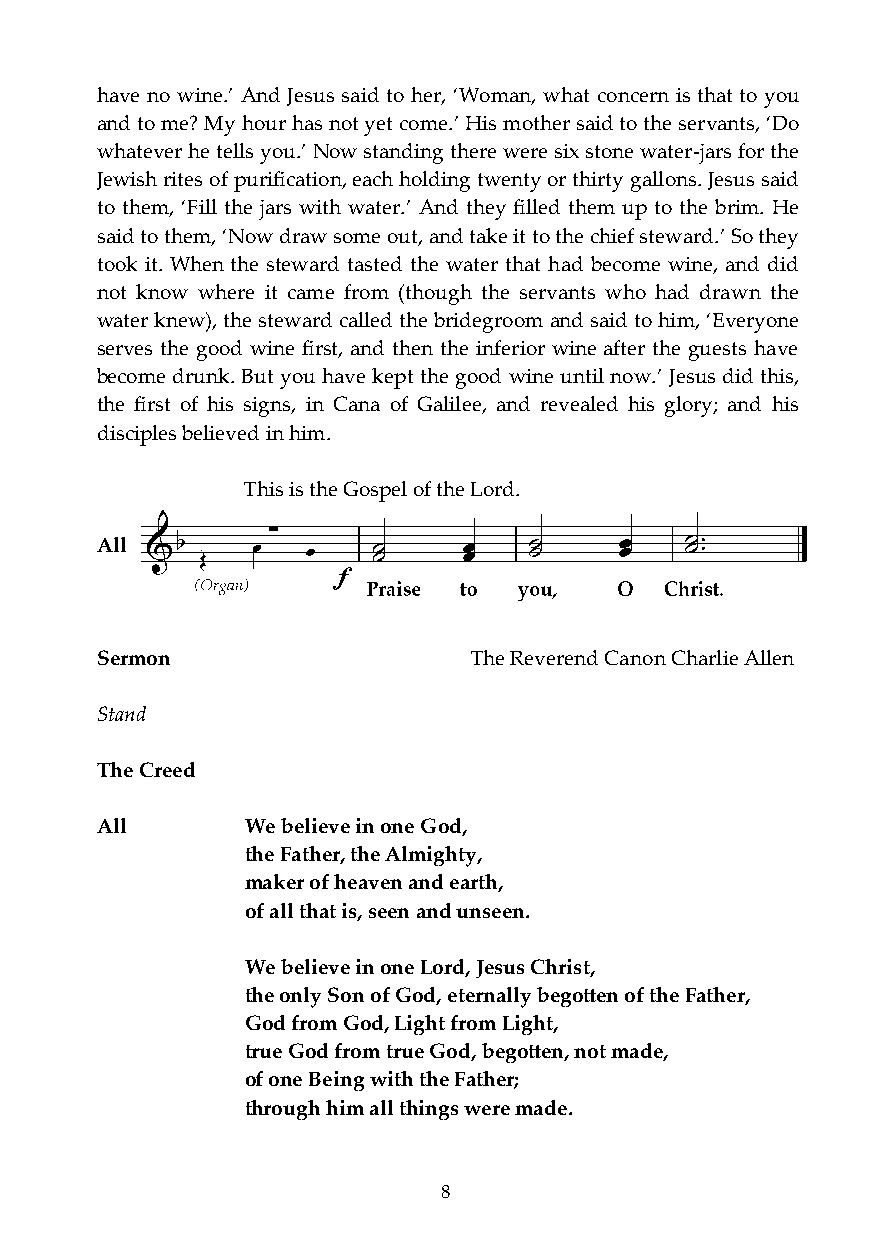
have no wine.’ And Jesus said to her, ‘Woman, what concern is that to you
 and to me? My hour has not yet come.’ His mother said to the servants, ‘Do
 whatever he tells you.’ Now standing there were six stone water-jars for the
 Jewish rites of purification, each holding twenty or thirty gallons. Jesus said
 to them, ‘Fill the jars with water.’ And they filled them up to the brim. He
 said to them, ‘Now draw some out, and take it to the chief steward.’ So they
 took it. When the steward tasted the water that had become wine, and did
 not know where it came from (though the servants who had drawn the
 water knew), the steward called the bridegroom and said to him, ‘Everyone
 serves the good wine first, and then the inferior wine after the guests have
 become drunk. But you have kept the good wine until now.’ Jesus did this,
 the first of his signs, in Cana of Galilee, and revealed his glory; and his
 disciples believed in him.
 This is the Gospel of the Lord.
 All
 Sermon                   The Reverend Canon Charlie Allen
 Stand
 The Creed
 All       We believe in one God,
 the Father, the Almighty,
 maker of heaven and earth,
 of all that is, seen and unseen.
 We believe in one Lord, Jesus Christ,
 the only Son of God, eternally begotten of the Father,
 God from God, Light from Light,
 true God from true God, begotten, not made,
 of one Being with the Father;
 through him all things were made.
 8